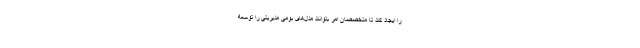
را ایجاد کند تا متخصصان امر بتوانند مدل‌های بومی مدیریتی را توسعه